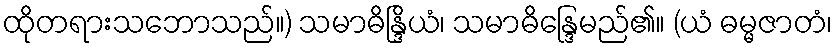
ထိုတရားသဘောသည်။) သမာဓိန္ဒြိယံ၊ သမာဓိန္ဒြေမည်၏။ (ယံ ဓမ္မဇာတံ၊